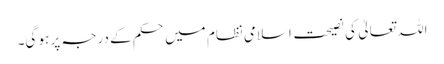
اللہ تعالیٰ کی نصیحت اسلامی نظام میں حکم کے درجہ پر ہو گی۔